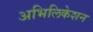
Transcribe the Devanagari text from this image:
अभिलिकेशन